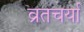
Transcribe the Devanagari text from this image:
व्रतचर्या